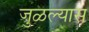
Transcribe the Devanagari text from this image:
जुळल्यास